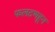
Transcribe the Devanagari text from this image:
फलटणहून